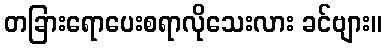
တခြားရောပေးစရာလိုသေးလား ခင်ဗျား။